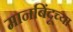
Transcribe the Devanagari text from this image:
मानबिंदूच्या